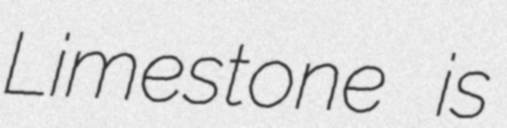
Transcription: Limestone is